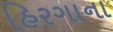
હિરગાના